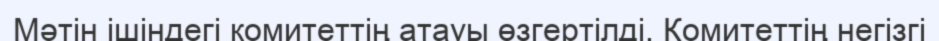
Мәтін ішіндегі комитеттің атауы өзгертілді. Комитеттің негізгі